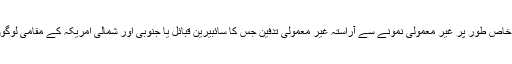
اس کی تصدیق آثار قدیمہ کی کھوجوں سے کی گئی ہے ، خاص طور پر غیر معمولی نمونے سے آراستہ غیر معمولی تدفین جس کا سائبیرین قبائل یا جنوبی اور شمالی امریکہ کے مقامی لوگوں کی رسم و رواج سے براہ راست منسلک کیا جاسکتا ہے۔